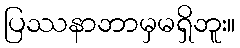
ပြဿနာဘာမှမရှိဘူး။